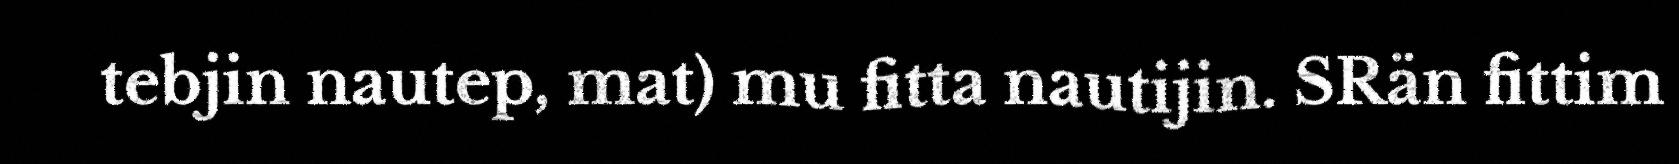
tebjin nautep, mat) mu fitta nautijin. SRän fittim